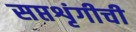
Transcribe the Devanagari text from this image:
सप्तशृंगीची